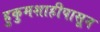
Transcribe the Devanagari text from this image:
हुकुमशाहीपासून